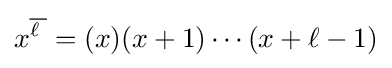
x^{\overline {\ell {\phantom {.}}}}=(x)(x+1)\cdots (x+\ell -1)